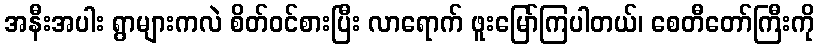
အနီးအပါး ရွာများကလဲ စိတ်ဝင်စားပြီး လာရောက် ဖူးမြော်ကြပါတယ်၊ စေတီတော်ကြီးကို